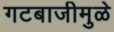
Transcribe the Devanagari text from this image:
गटबाजीमुळे